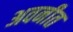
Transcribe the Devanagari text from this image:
अवनीत